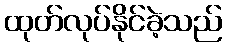
ထုတ်လုပ်နိုင်ခဲ့သည်